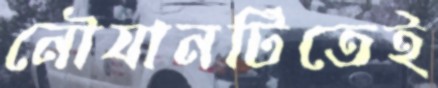
নৌযানটিতেই